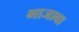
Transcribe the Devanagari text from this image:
भाजावा